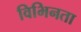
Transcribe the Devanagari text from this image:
विभिनता